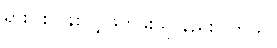
ရှားပါးလွန်းလို့ ဖတ်ဖူးသူ နည်းပါတယ်။